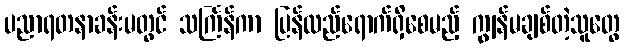
ပညာရတနာခန်းမတွင် သင်္ကြန်ကာ ပြန်လည်ရောက်ရှိစေမည့် ကျွန်မချစ်တဲ့သူတွေ